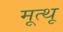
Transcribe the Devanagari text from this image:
मूत्थू